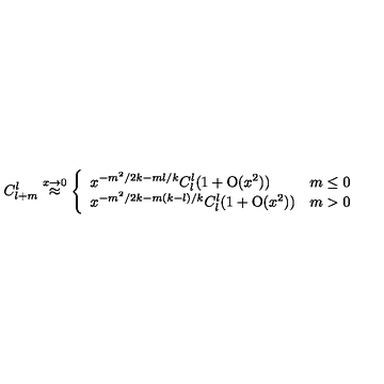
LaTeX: C _ { l + m } ^ { l } \stackrel { x \rightarrow 0 } { \approx } \left\{ \begin{array} { l c } { x ^ { - m ^ { 2 } / 2 k - m l / k } C _ { l } ^ { l } ( 1 + \mathrm { O } ( x ^ { 2 } ) ) } & { m \leq 0 } \\ { x ^ { - m ^ { 2 } / 2 k - m ( k - l ) / k } C _ { l } ^ { l } ( 1 + \mathrm { O } ( x ^ { 2 } ) ) } & { m > 0 } \\ \end{array} \right.